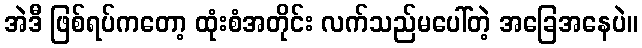
အဲဒီ ဖြစ်ရပ်ကတော့ ထုံးစံအတိုင်း လက်သည်မပေါ်တဲ့ အခြေအနေပဲ။